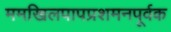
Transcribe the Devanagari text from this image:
ममखिलपापप्रशमनपूर्वक